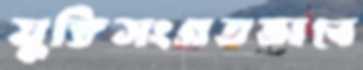
যুক্তিসংগতভাবে